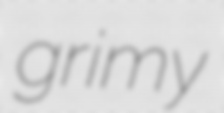
grimy